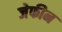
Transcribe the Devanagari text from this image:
जेफीन